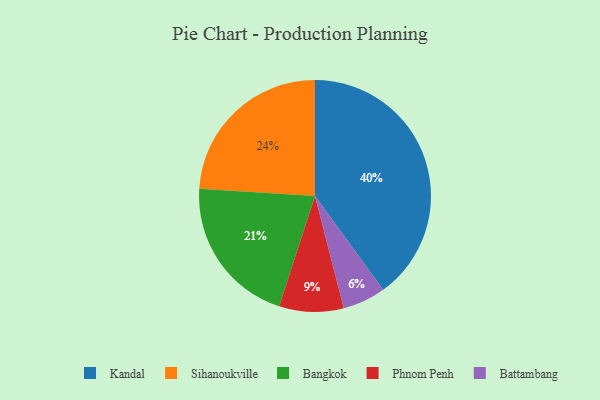
{"axis": {"x": "Category", "y": "Percentage"}, "legend": ["Bangkok", "Battambang", "Kandal", "Phnom Penh", "Sihanoukville"], "data": [{"x": "Sihanoukville", "y": 24, "type": "Sihanoukville"}, {"x": "Kandal", "y": 40, "type": "Kandal"}, {"x": "Phnom Penh", "y": 9, "type": "Phnom Penh"}, {"x": "Battambang", "y": 6, "type": "Battambang"}, {"x": "Bangkok", "y": 21, "type": "Bangkok"}]}